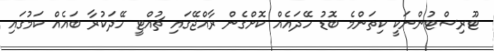
ޓޫރިސްޓުންނަކީ ކިތަންމެ ބޮޑު ހޭދައެއް ކޮށްގެން ރާއްޖޭގައި ޗުއްޓީ ހޭދަކުރާ ބައެއް ކަމުގައި